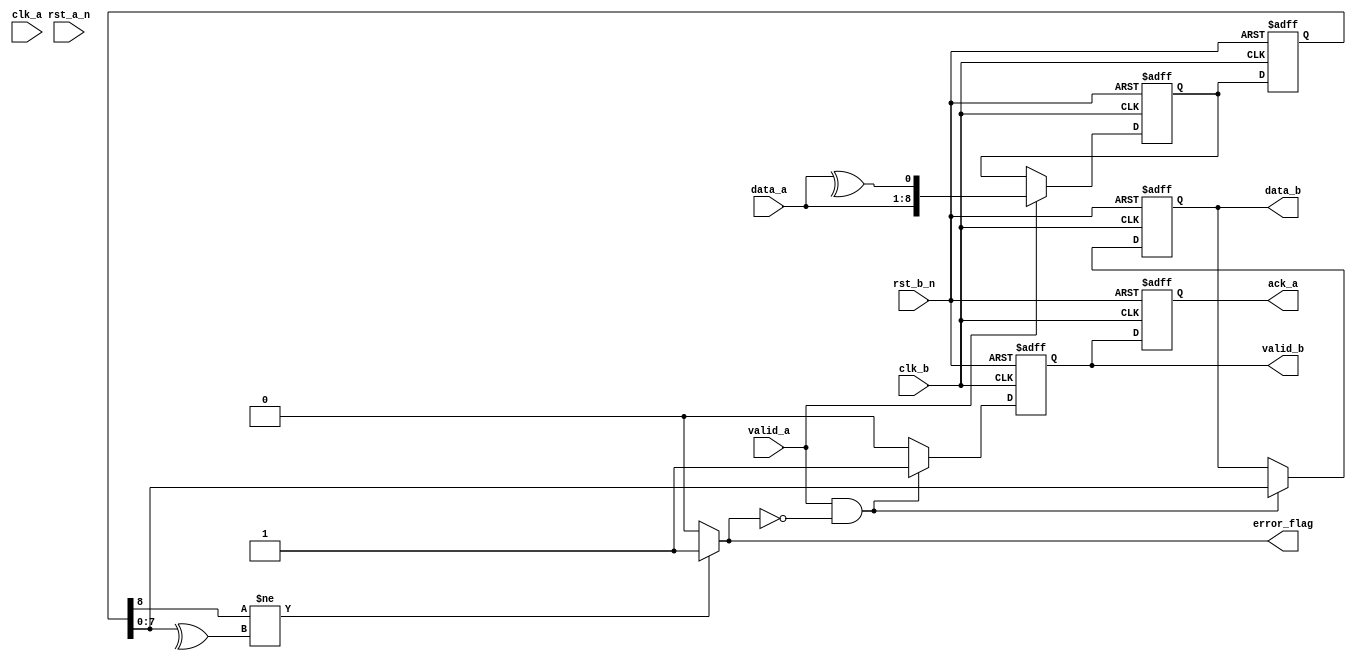
module cdc_memory_block (
    // Domain A signals
    input wire clk_a,              // Clock for Domain A
    input wire rst_a_n,            // Asynchronous reset for Domain A (active low)
    input wire [7:0] data_a,       // Data input from Domain A
    input wire valid_a,            // Valid signal indicating data is valid
    output wire ack_a,             // Acknowledge signal from Domain B

    // Domain B signals
    input wire clk_b,              // Clock for Domain B
    input wire rst_b_n,            // Asynchronous reset for Domain B (active low)
    output reg [7:0] data_b,       // Synchronized data output for Domain B
    output reg valid_b,            // Valid signal indicating data is ready
    output reg error_flag          // Error flag indicating data corruption
);

    // Internal signals
    reg [8:0] data_with_parity;    // Data with parity bit
    wire [8:0] sync_data;          // Synchronized data signal
    reg valid_b_d;                 // Delayed valid signal for handshake

    // Dual-flop synchronizer
    reg [8:0] sync_ff1, sync_ff2;  // Two flip-flops for synchronization

    // State for Handshake
    reg req_b;                     // Request signal from Domain A
    wire req_b_d;                 // Delayed request signal

    // Error Detection Logic
    always @(*) begin
        if (sync_data[8] != ^sync_data[7:0])   // Check parity
            error_flag = 1'b1;                  // Set error flag if parity check fails
        else
            error_flag = 1'b0;                  // Clear error flag if no errors
    end

    // Output Data register
    always @(posedge clk_b or negedge rst_b_n) begin
        if (!rst_b_n) begin
            data_b <= 8'b0;
            valid_b <= 1'b0;
            valid_b_d <= 1'b0;
        end else begin
            // Check handshake and error
            if (req_b && !error_flag) begin
                data_b <= sync_data[7:0];       // Store the valid synchronized data
                valid_b <= 1'b1;                 // Indicate valid output
            end else begin
                valid_b <= 1'b0;                 // Clear valid if no request or on error
            end
            valid_b_d <= valid_b;                // Store for another clock cycle (for ack)
        end
    end

    // Handshake Logic
    assign ack_a = valid_b_d;               // Acknowledge signal to Domain A
    assign req_b = valid_a;                  // Request signal from Domain A

    // Synchronization of Data and Parity
    always @(posedge clk_b or negedge rst_b_n) begin
        if (!rst_b_n) begin
            sync_ff1 <= 9'b0;                    // Reset sync flip-flops
            sync_ff2 <= 9'b0;     
        end else begin
            if (req_b) begin
                sync_ff1 <= {data_a, ^data_a}; // Latch incoming data with parity
            end
            sync_ff2 <= sync_ff1;                // Synchronize to Domain B
        end
    end
    
    assign sync_data = sync_ff2;              // Synchronized output

endmodule